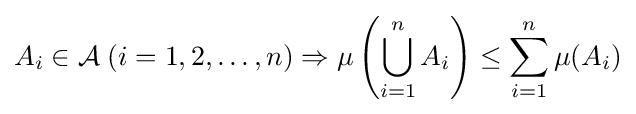
A_{i}\in {\mathcal {A}}\;(i=1,2,\dotsc ,n)\Rightarrow \mu \left(\bigcup _{i=1}^{n}A_{i}\right)\leq \sum _{i=1}^{n}\mu (A_{i})